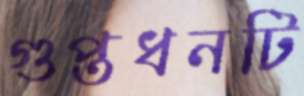
গুপ্তধনটি